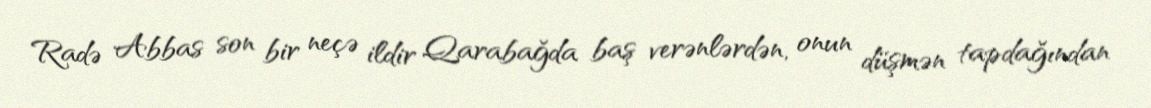
Radə Abbas son bir neçə ildir Qarabağda baş verənlərdən, onun düşmən tapdağından